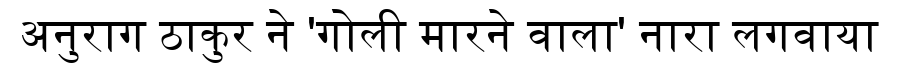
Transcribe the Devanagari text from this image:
अनुराग ठाकुर ने 'गोली मारने वाला' नारा लगवाया